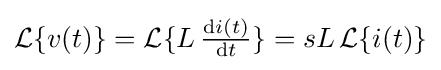
{\mathcal {L}}\{v(t)\}={\mathcal {L}}\{L\,{\tfrac {\mathrm {d} i(t)}{\mathrm {d} t}}\}=sL\,{\mathcal {L}}\{i(t)\}